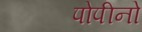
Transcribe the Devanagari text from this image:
पोपीनो